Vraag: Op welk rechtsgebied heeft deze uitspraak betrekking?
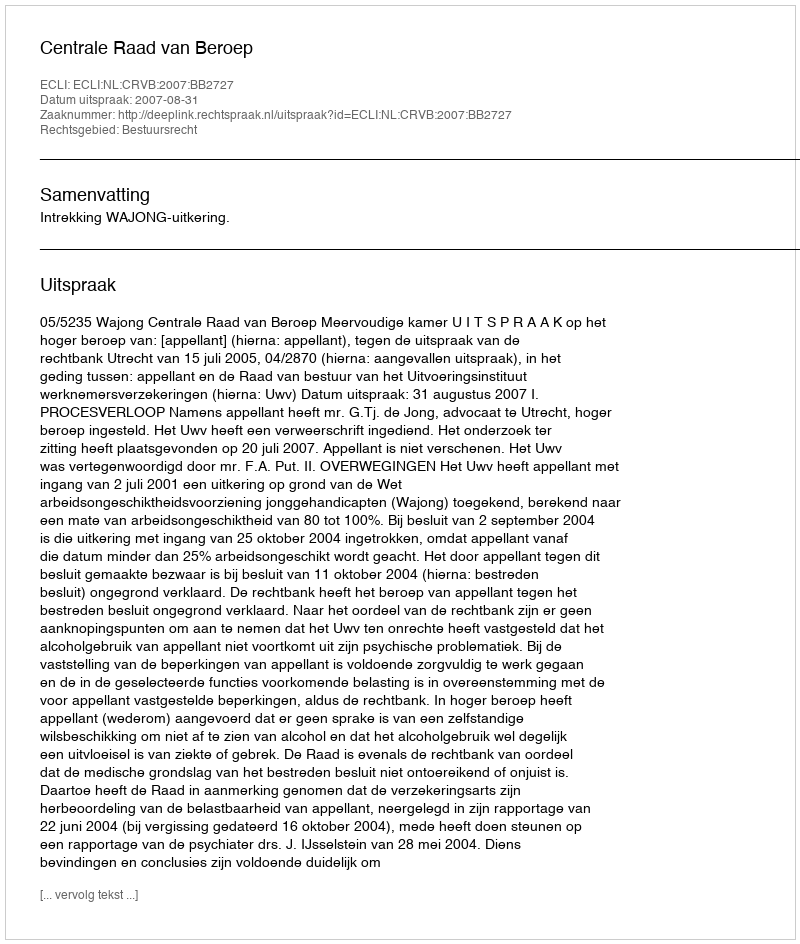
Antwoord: Bestuursrecht